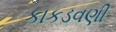
કાકડવણી